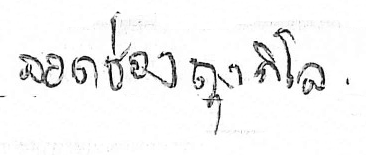
ลอดข่องถุงกิโล